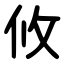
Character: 攸